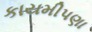
કાયમીપણા